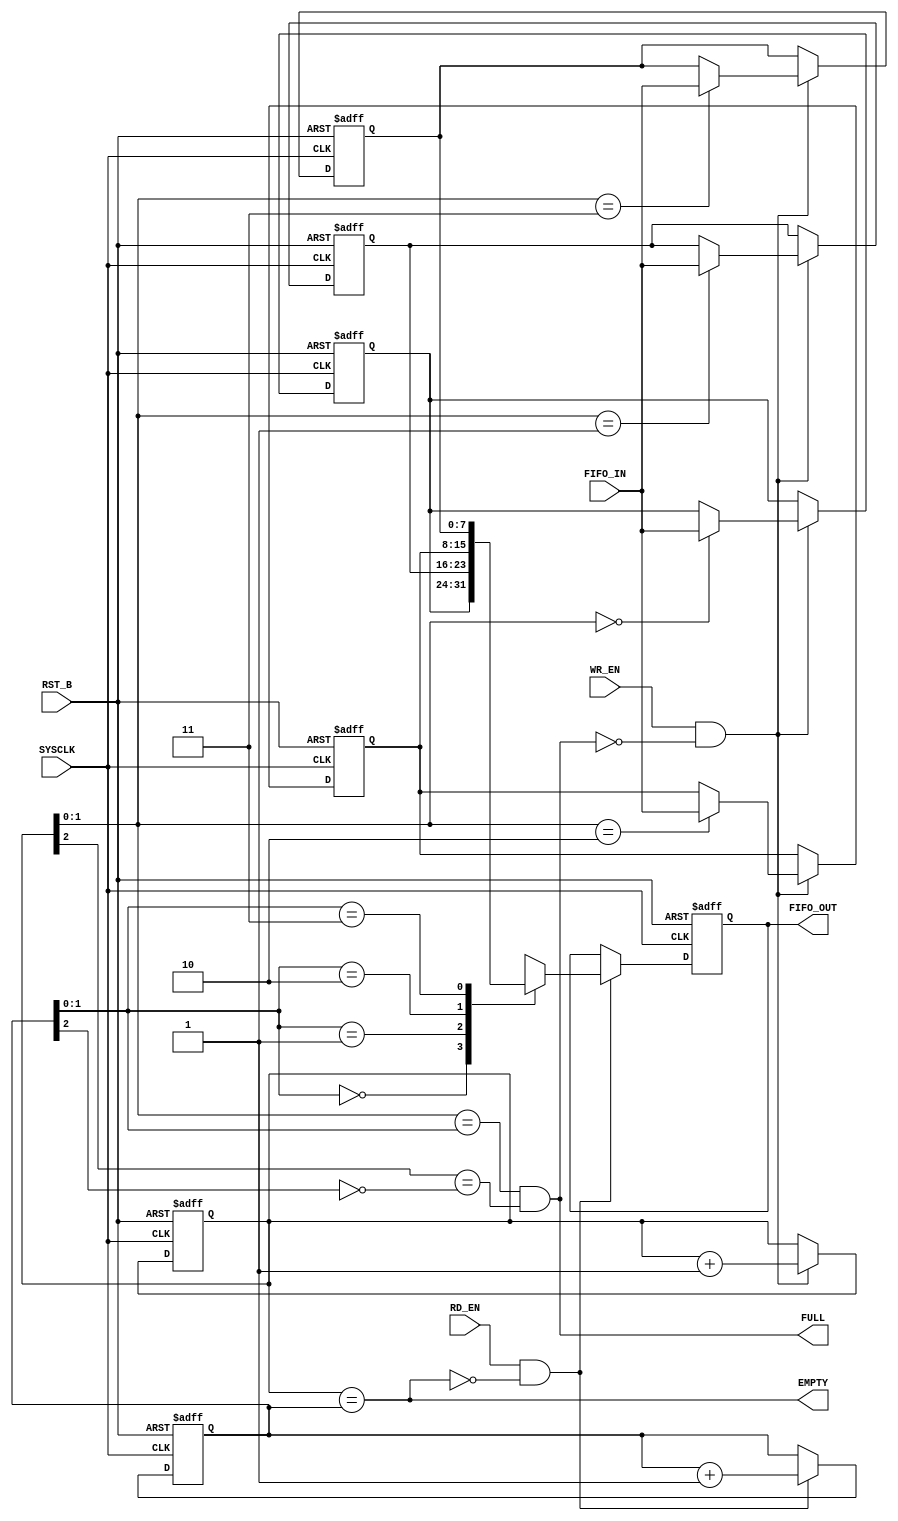
module FIFO_GOLDEN
(
  // Input Port
  SYSCLK, RST_B, WR_EN, RD_EN, FIFO_IN,
  // Output Port
  EMPTY, FULL, FIFO_OUT
);
//=====================================================================
//   INPUT AND OUTPUT DECLARATION
//=====================================================================
input SYSCLK, RST_B, WR_EN, RD_EN;
input [7:0] FIFO_IN;
output EMPTY, FULL;
output [7:0] FIFO_OUT;
//=============================================================================
//   WIRE AND REG DECLARATION
//=============================================================================
reg [7:0] FIFO_OUT;
reg [7:0] R0, R1, R2, R3;
wire FULL, EMPTY;
//=============================================================================
//   COMBINATIONAL LOGIC
//=============================================================================
parameter DLY=1;


//=============================================================================
//   SEQUENTIAL LOGIC
//=============================================================================
reg   [2 :0]  WR_PTR;
reg   [3 :0]  WR_PTR_N;
reg   [2 :0]  RD_PTR;
reg   [3 :0]  RD_PTR_N; 
assign FULL = ((WR_PTR[1:0]==RD_PTR[1:0]) && (WR_PTR[2]==(!RD_PTR[2])));
assign EMPTY = (WR_PTR==RD_PTR);
//-----------------------------WP------------------------------------
always@(posedge SYSCLK or negedge RST_B)
    begin
    if(!RST_B)
        WR_PTR <= #DLY 3'h0;
    else 
        WR_PTR <= #DLY WR_PTR_N[2:0];
    end
always@(*)
    begin
    if(WR_EN==1 && ~FULL) 
        WR_PTR_N = WR_PTR + 1'h1;
    else
        WR_PTR_N = {1'h0, WR_PTR};
    end
    
///////////////////////////////
 always@(posedge SYSCLK or negedge RST_B)
  begin
  if (!RST_B) 
   begin
    R0 <= #DLY 0;
    R1 <= #DLY 0;
    R2 <= #DLY 0;
    R3 <= #DLY 0;
   end
   else if(WR_EN==1 && ~FULL) 
  // else if(WR_EN)    
   begin
    case(WR_PTR[1:0])
      0: R0 <= #DLY FIFO_IN;
      1: R1 <= #DLY FIFO_IN;
      2: R2 <= #DLY FIFO_IN;
      3: R3 <= #DLY FIFO_IN;
    endcase
  end
end    
//                              RP
//=====================================================================    

always@(posedge SYSCLK or negedge RST_B)
    begin
    if(!RST_B)
        RD_PTR <= #DLY 3'h0;
    else 
        RD_PTR <= #DLY RD_PTR_N[2:0];
    end
always@(*)
    begin

    if(RD_EN && ~EMPTY)
        RD_PTR_N = RD_PTR + 1'h1;
    else
        RD_PTR_N = {1'h0, RD_PTR};
    end


always@(posedge SYSCLK or negedge RST_B)
 begin
    if (!RST_B) begin
      FIFO_OUT <= #DLY 0;
     end
  else if(RD_EN && ~EMPTY) 
  begin
    case(RD_PTR[1:0])
      0: FIFO_OUT <= #DLY R0;
      1: FIFO_OUT <= #DLY R1;
      2: FIFO_OUT <= #DLY R2;
      3: FIFO_OUT <= #DLY R3;
    endcase
  end
end  

endmodule